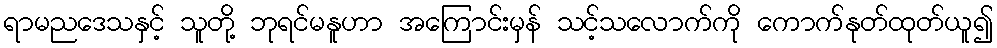
ရာမညဒေသနှင့် သူတို့ ဘုရင်မနူဟာ အကြောင်းမှန် သင့်သလောက်ကို ကောက်နုတ်ထုတ်ယူ၍